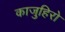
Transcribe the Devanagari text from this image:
काजुहिरो